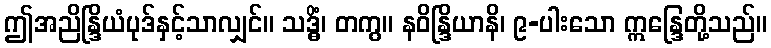
ဤအညိန္ဒြိယံပုဒ်နှင့်သာလျှင်။ သဒ္ဓိံ၊ တကွ။ နဝိန္ဒြိယာနိ၊ ၉-ပါးသော ဣန္ဒြေတို့သည်။